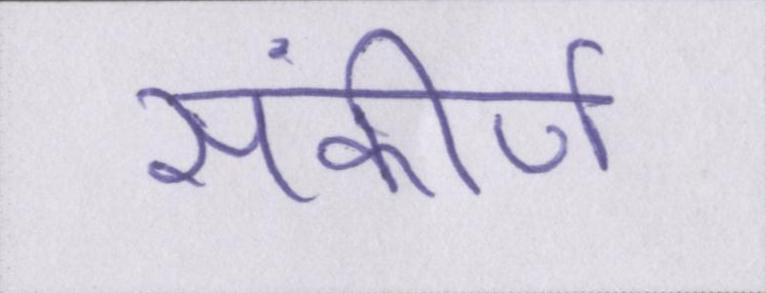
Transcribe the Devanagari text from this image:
संकीर्ण